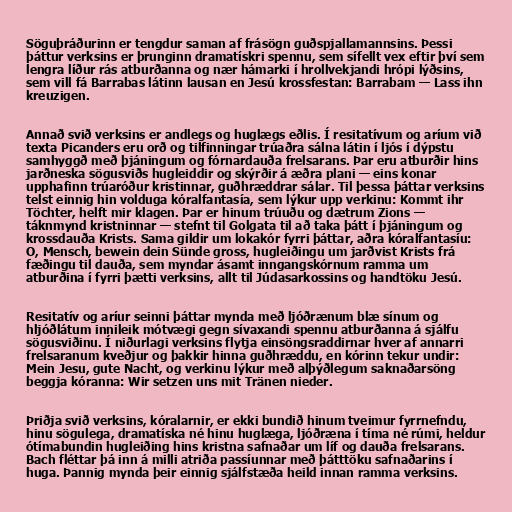
Söguþráðurinn er tengdur saman af frásögn guðspjallamannsins. Þessi
þáttur verksins er þrunginn dramatískri spennu, sem sífellt vex eftir því sem
lengra líður rás atburðanna og nær hámarki í hrollvekjandi hrópi lýðsins,
sem vill fá Barrabas látinn lausan en Jesú krossfestan: Barrabam — Lass ihn
kreuzigen.

Annað svið verksins er andlegs og huglægs eðlis. Í resitatívum og aríum við
texta Picanders eru orð og tilfinningar trúaðra sálna látin í ljós í dýpstu
samhyggð með þjáningum og fórnardauða frelsarans. Þar eru atburðir hins
jarðneska sögusviðs hugleiddir og skýrðir á æðra plani — eins konar
upphafinn trúaróður kristinnar, guðhræddrar sálar. Til þessa þáttar verksins
telst einnig hin volduga kóralfantasía, sem lýkur upp verkinu: Kommt ihr
Töchter, helft mir klagen. Þar er hinum trúuðu og dætrum Zions —
táknmynd kristninnar — stefnt til Golgata til að taka þátt í þjáningum og
krossdauða Krists. Sama gildir um lokakór fyrri þáttar, aðra kóralfantasíu:
O, Mensch, bewein dein Sünde gross, hugleiðingu um jarðvist Krists frá
fæðingu til dauða, sem myndar ásamt inngangskórnum ramma um
atburðina í fyrri þætti verksins, allt til Júdasarkossins og handtöku Jesú.

Resitatív og aríur seinni þáttar mynda með ljóðrænum blæ sínum og
hljóðlátum innileik mótvægi gegn sívaxandi spennu atburðanna á sjálfu
sögusviðinu. Í niðurlagi verksins flytja einsöngsraddirnar hver af annarri
frelsaranum kveðjur og þakkir hinna guðhræddu, en kórinn tekur undir:
Mein Jesu, gute Nacht, og verkinu lýkur með alþýðlegum saknaðarsöng
beggja kóranna: Wir setzen uns mit Tränen nieder.

Þriðja svið verksins, kóralarnir, er ekki bundið hinum tveimur fyrrnefndu,
hinu sögulega, dramatíska né hinu huglæga, ljóðræna í tíma né rúmi, heldur
ótímabundin hugleiðing hins kristna safnaðar um líf og dauða frelsarans.
Bach fléttar þá inn á milli atriða passíunnar með þátttöku safnaðarins í
huga. Þannig mynda þeir einnig sjálfstæða heild innan ramma verksins.